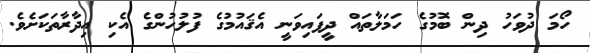
ހޯމަ ދުވަހު ދިން ބޮމުގެ ހަމަލާތައް ދީފައިވަނީ އެޤައުމުގެ ފުލުހުންގެ އެކި އިދާރާތަކަށެވެ.